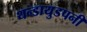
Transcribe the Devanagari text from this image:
थन्डायुडपनी